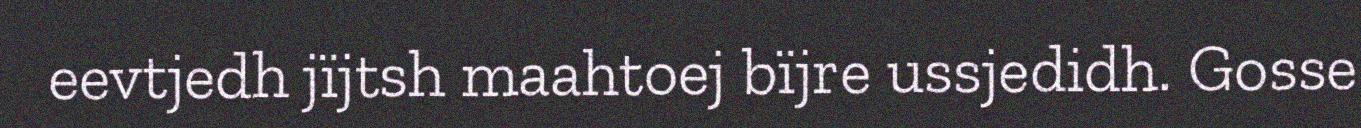
eevtjedh jïjtsh maahtoej bïjre ussjedidh. Gosse